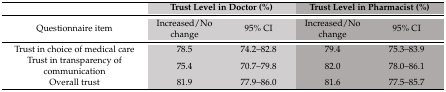
<table><thead><tr><td></td><td colspan="2"><b>Trust Level in Doctor (%)</b></td><td colspan="2"><b>Trust Level in Pharmacist (%)</b></td></tr></thead><tbody><tr><td>Questionnaire item</td><td>Increased/No change</td><td>95% CI</td><td>Increased/No change</td><td>95% CI</td></tr><tr><td>Trust in choice of medical care</td><td>78.5</td><td>74.2–82.8</td><td>79.4</td><td>75.3–83.9</td></tr><tr><td>Trust in transparency of communication</td><td>75.4</td><td>70.7–79.8</td><td>82.0</td><td>78.0–86.1</td></tr><tr><td>Overall trust</td><td>81.9</td><td>77.9–86.0</td><td>81.6</td><td>77.5–85.7</td></tr></tbody></table>